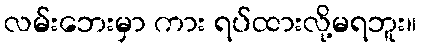
လမ်းဘေးမှာ ကား ရပ်ထားလို့မရဘူး။